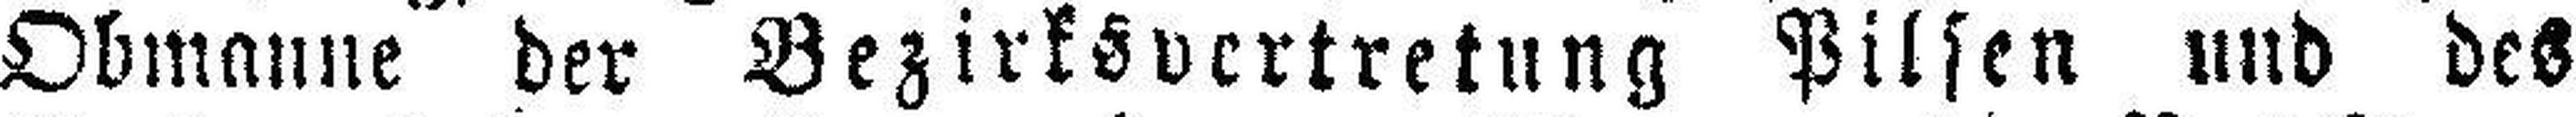
Obmanne der Bezirksvertretung Pilsen und des